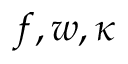
f , w , \kappa